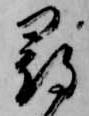
尋